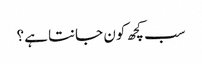
سب کچھ کون جانتا ہے؟